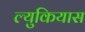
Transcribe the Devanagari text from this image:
ल्युकियास